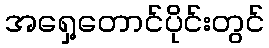
အရှေ့တောင်ပိုင်းတွင်